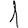
Digit: 1